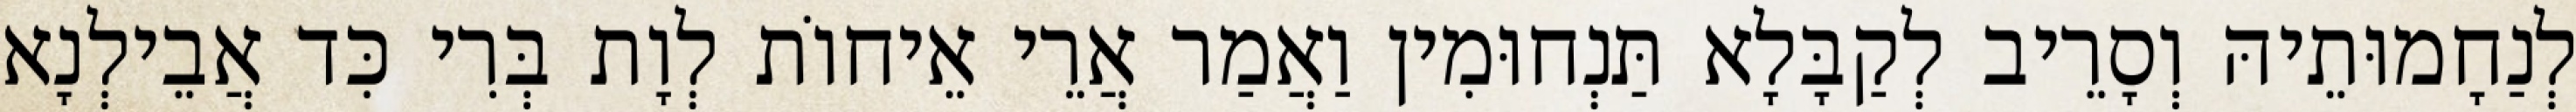
לְנַחָמוּתֵיהּ וְסָרֵיב לְקַבָּלָא תַּנְחוּמִין וַאֲמַר אֲרֵי אֵיחוֹת לְוָת בְּרִי כִּד אֲבֵילְנָא